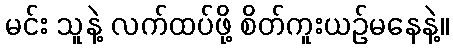
မင်း သူနဲ့ လက်ထပ်ဖို့ စိတ်ကူးယဉ်မနေနဲ့။